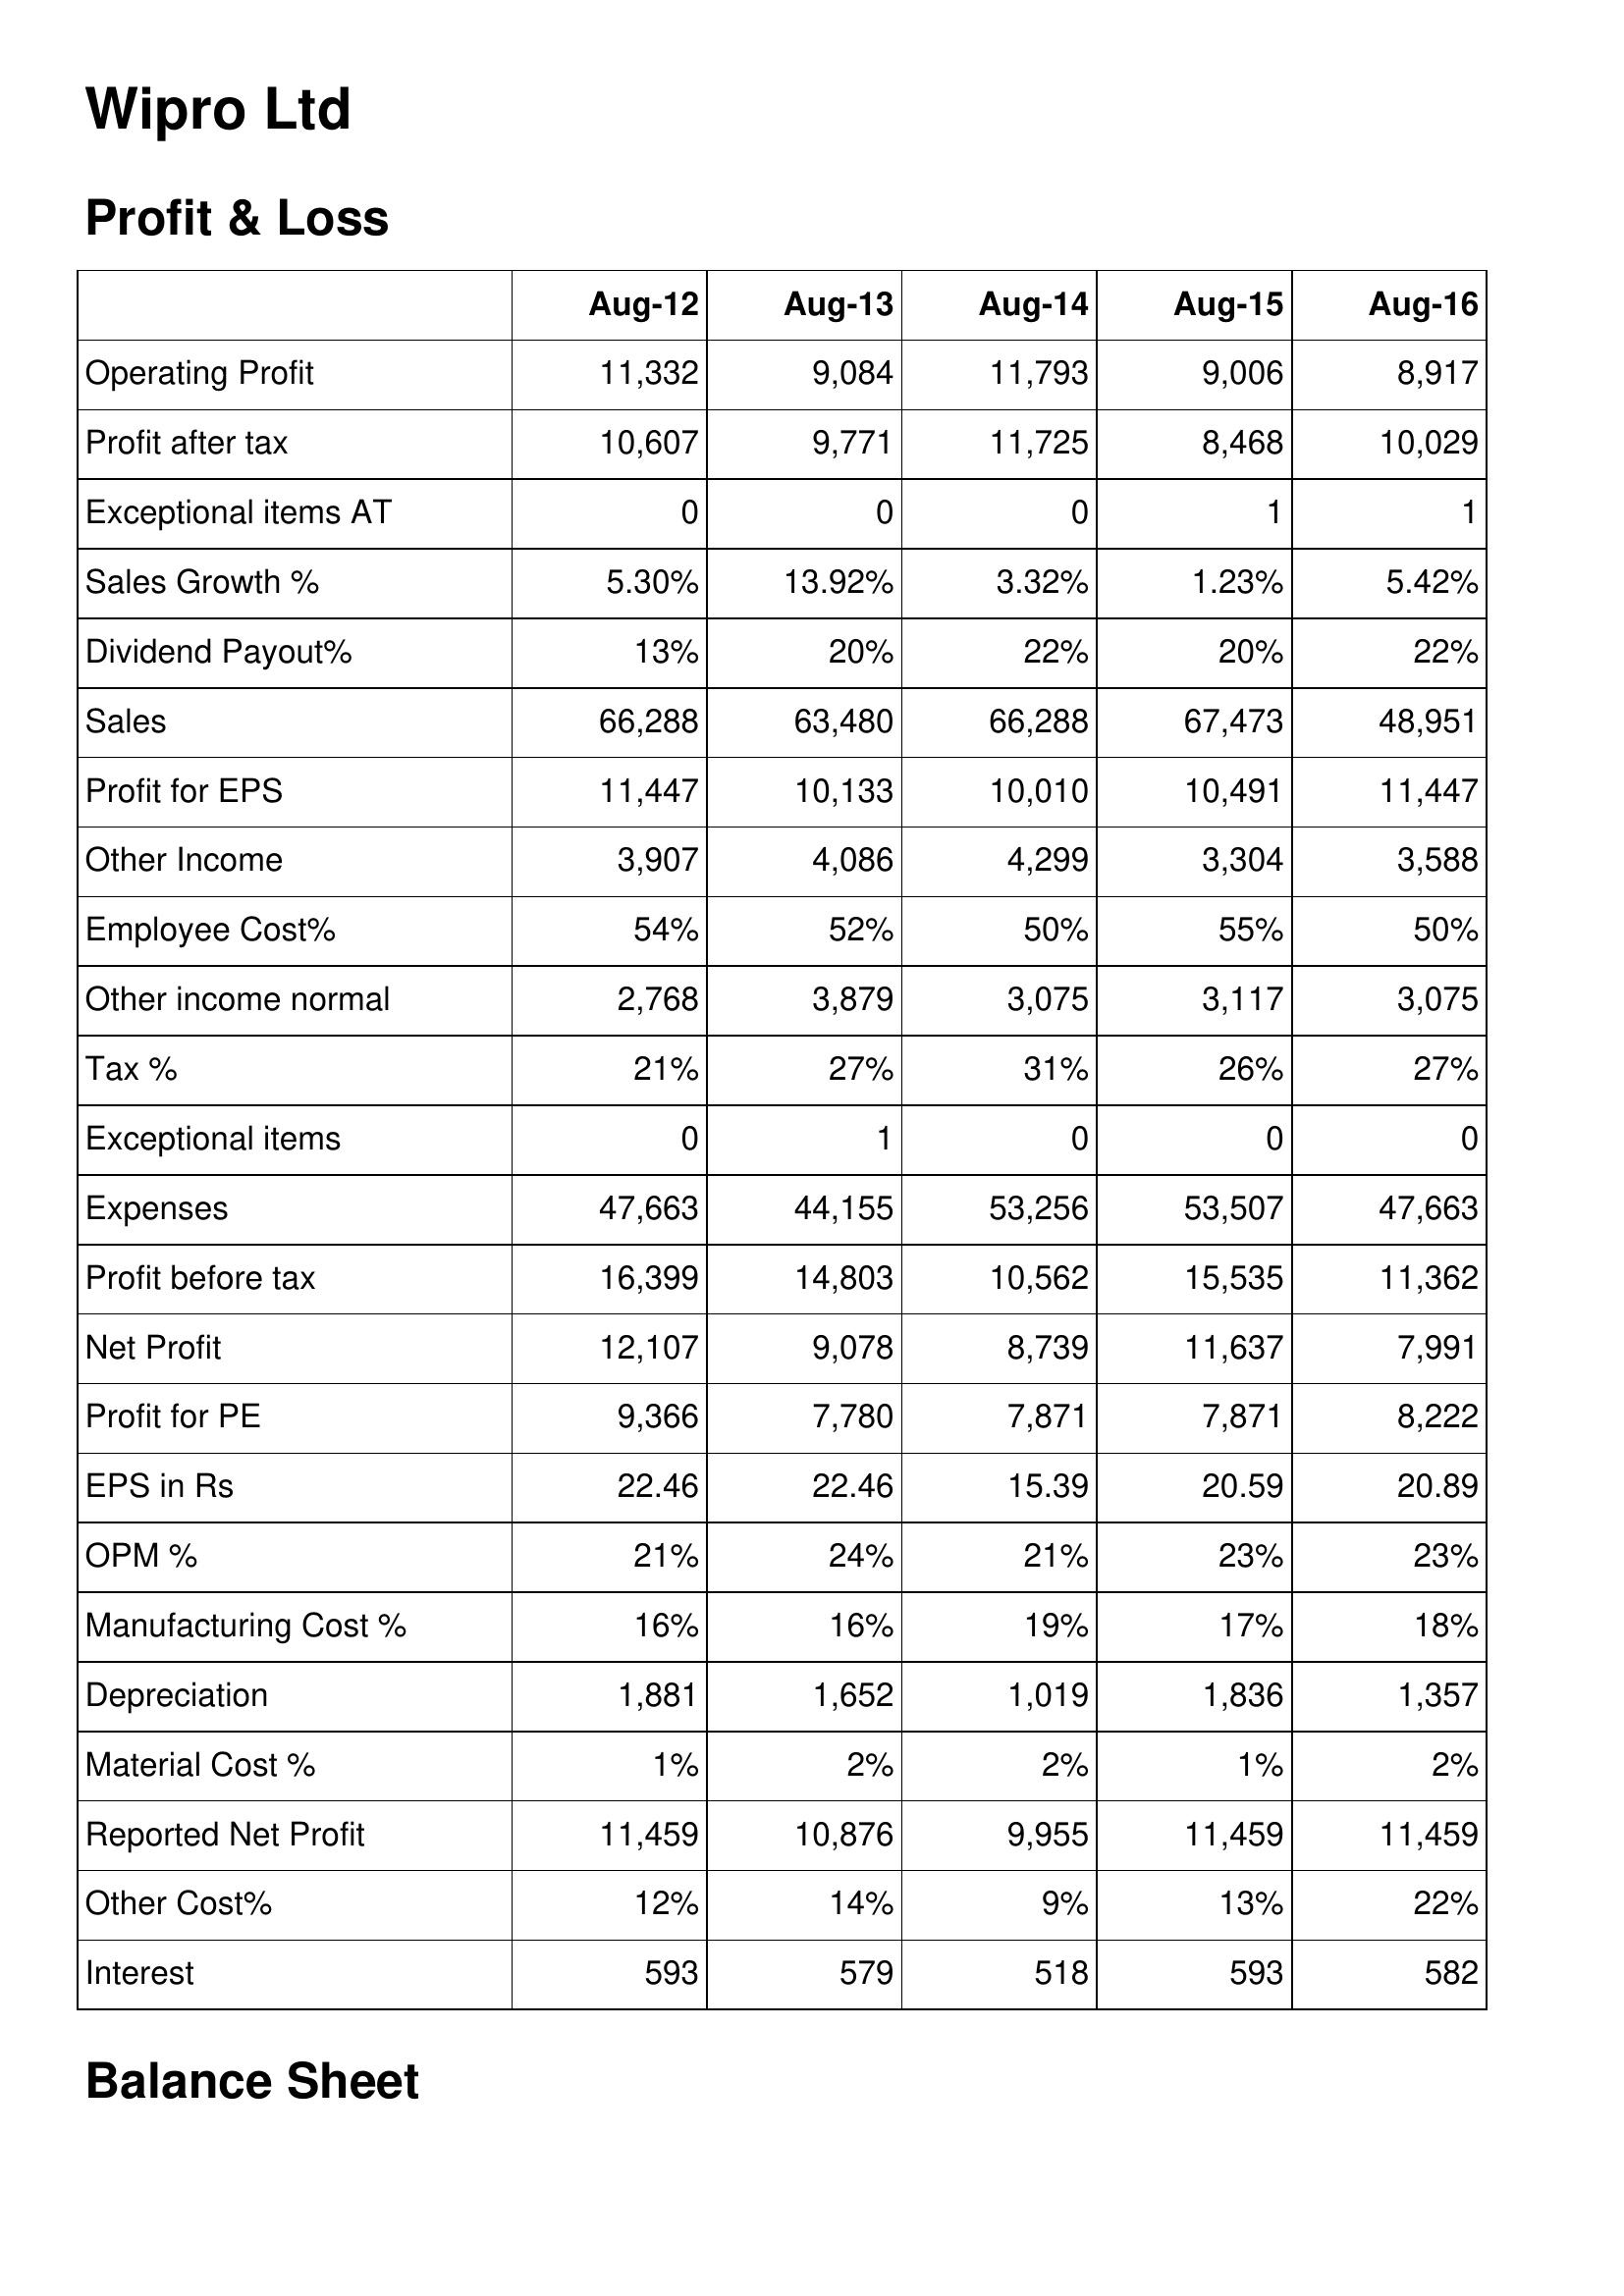
Aug-12: Profit & Loss: Operating Profit: 11,332
Profit after tax: 10,607
Exceptional items AT: 0
Sales Growth %: 5.30%
Dividend Payout%: 13%
Sales: 66,288
Profit for EPS: 11,447
Other Income: 3,907
Employee Cost%: 54%
Other income normal: 2,768
Tax %: 21%
Exceptional items: 0
Expenses: 47,663
Profit before tax: 16,399
Net Profit: 12,107
Profit for PE: 9,366
EPS in Rs: 22.46
OPM %: 21%
Manufacturing Cost %: 16%
Depreciation: 1,881
Material Cost %: 1%
Reported Net Profit: 11,459
Other Cost%: 12%
Interest: 593
Aug-13: Profit & Loss: Operating Profit: 9,084
Profit after tax: 9,771
Exceptional items AT: 0
Sales Growth %: 13.92%
Dividend Payout%: 20%
Sales: 63,480
Profit for EPS: 10,133
Other Income: 4,086
Employee Cost%: 52%
Other income normal: 3,879
Tax %: 27%
Exceptional items: 1
Expenses: 44,155
Profit before tax: 14,803
Net Profit: 9,078
Profit for PE: 7,780
EPS in Rs: 22.46
OPM %: 24%
Manufacturing Cost %: 16%
Depreciation: 1,652
Material Cost %: 2%
Reported Net Profit: 10,876
Other Cost%: 14%
Interest: 579
Aug-14: Profit & Loss: Operating Profit: 11,793
Profit after tax: 11,725
Exceptional items AT: 0
Sales Growth %: 3.32%
Dividend Payout%: 22%
Sales: 66,288
Profit for EPS: 10,010
Other Income: 4,299
Employee Cost%: 50%
Other income normal: 3,075
Tax %: 31%
Exceptional items: 0
Expenses: 53,256
Profit before tax: 10,562
Net Profit: 8,739
Profit for PE: 7,871
EPS in Rs: 15.39
OPM %: 21%
Manufacturing Cost %: 19%
Depreciation: 1,019
Material Cost %: 2%
Reported Net Profit: 9,955
Other Cost%: 9%
Interest: 518
Aug-15: Profit & Loss: Operating Profit: 9,006
Profit after tax: 8,468
Exceptional items AT: 1
Sales Growth %: 1.23%
Dividend Payout%: 20%
Sales: 67,473
Profit for EPS: 10,491
Other Income: 3,304
Employee Cost%: 55%
Other income normal: 3,117
Tax %: 26%
Exceptional items: 0
Expenses: 53,507
Profit before tax: 15,535
Net Profit: 11,637
Profit for PE: 7,871
EPS in Rs: 20.59
OPM %: 23%
Manufacturing Cost %: 17%
Depreciation: 1,836
Material Cost %: 1%
Reported Net Profit: 11,459
Other Cost%: 13%
Interest: 593
Aug-16: Profit & Loss: Operating Profit: 8,917
Profit after tax: 10,029
Exceptional items AT: 1
Sales Growth %: 5.42%
Dividend Payout%: 22%
Sales: 48,951
Profit for EPS: 11,447
Other Income: 3,588
Employee Cost%: 50%
Other income normal: 3,075
Tax %: 27%
Exceptional items: 0
Expenses: 47,663
Profit before tax: 11,362
Net Profit: 7,991
Profit for PE: 8,222
EPS in Rs: 20.89
OPM %: 23%
Manufacturing Cost %: 18%
Depreciation: 1,357
Material Cost %: 2%
Reported Net Profit: 11,459
Other Cost%: 22%
Interest: 582